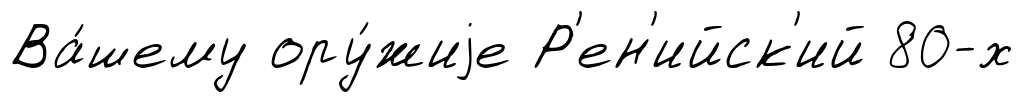
Ва́шему ору́жиjе Р'ен'ийск'ий 80-х